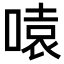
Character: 𪡫